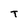
Character: t